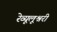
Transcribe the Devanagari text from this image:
रेव्यूलूश्नरी